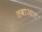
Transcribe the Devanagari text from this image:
तबाआत